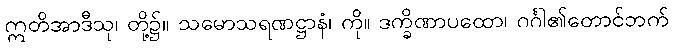
ဣတိအာဒီသု၊ တို့၌။ သမောသရဏဋ္ဌာနံ၊ ကို။ ဒက္ခိဏာပထော၊ ဂင်္ဂါ၏တောင်ဘက်